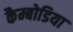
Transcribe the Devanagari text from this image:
कैम्बोडिया